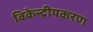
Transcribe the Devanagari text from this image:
विकेन्द्रीयकरण